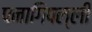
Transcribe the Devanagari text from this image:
पनागिपल्ली